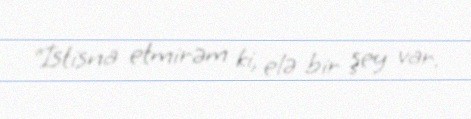
“İstisna etmirəm ki, elə bir şey var.